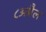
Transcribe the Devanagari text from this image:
८अप्रैल